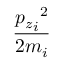
\frac { { { p _ { z } } _ { i } } ^ { 2 } } { { 2 m } _ { i } }